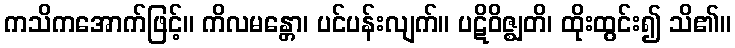
ကသိကအောက်ဖြင့်။ ကိလမန္တော၊ ပင်ပန်းလျက်။ ပဋိဝိဇ္ဈတိ၊ ထိုးထွင်း၍ သိ၏။